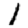
Digit: 1